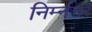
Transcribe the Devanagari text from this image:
निम्नत्तर